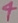
Text: 4